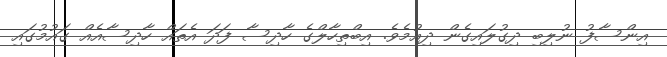
އިންސާފު ނުލިބި ދިގުލައިގެން ދިއުމެވެ. އިބްތިހާލްގެ ހާދިސާ ފަދަ އެތައް ހާދިސާއެއް ގައުމުގައި